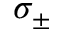
\sigma _ { \pm }